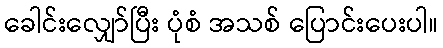
ခေါင်းလျှော်ပြီး ပုံစံ အသစ် ပြောင်းပေးပါ။